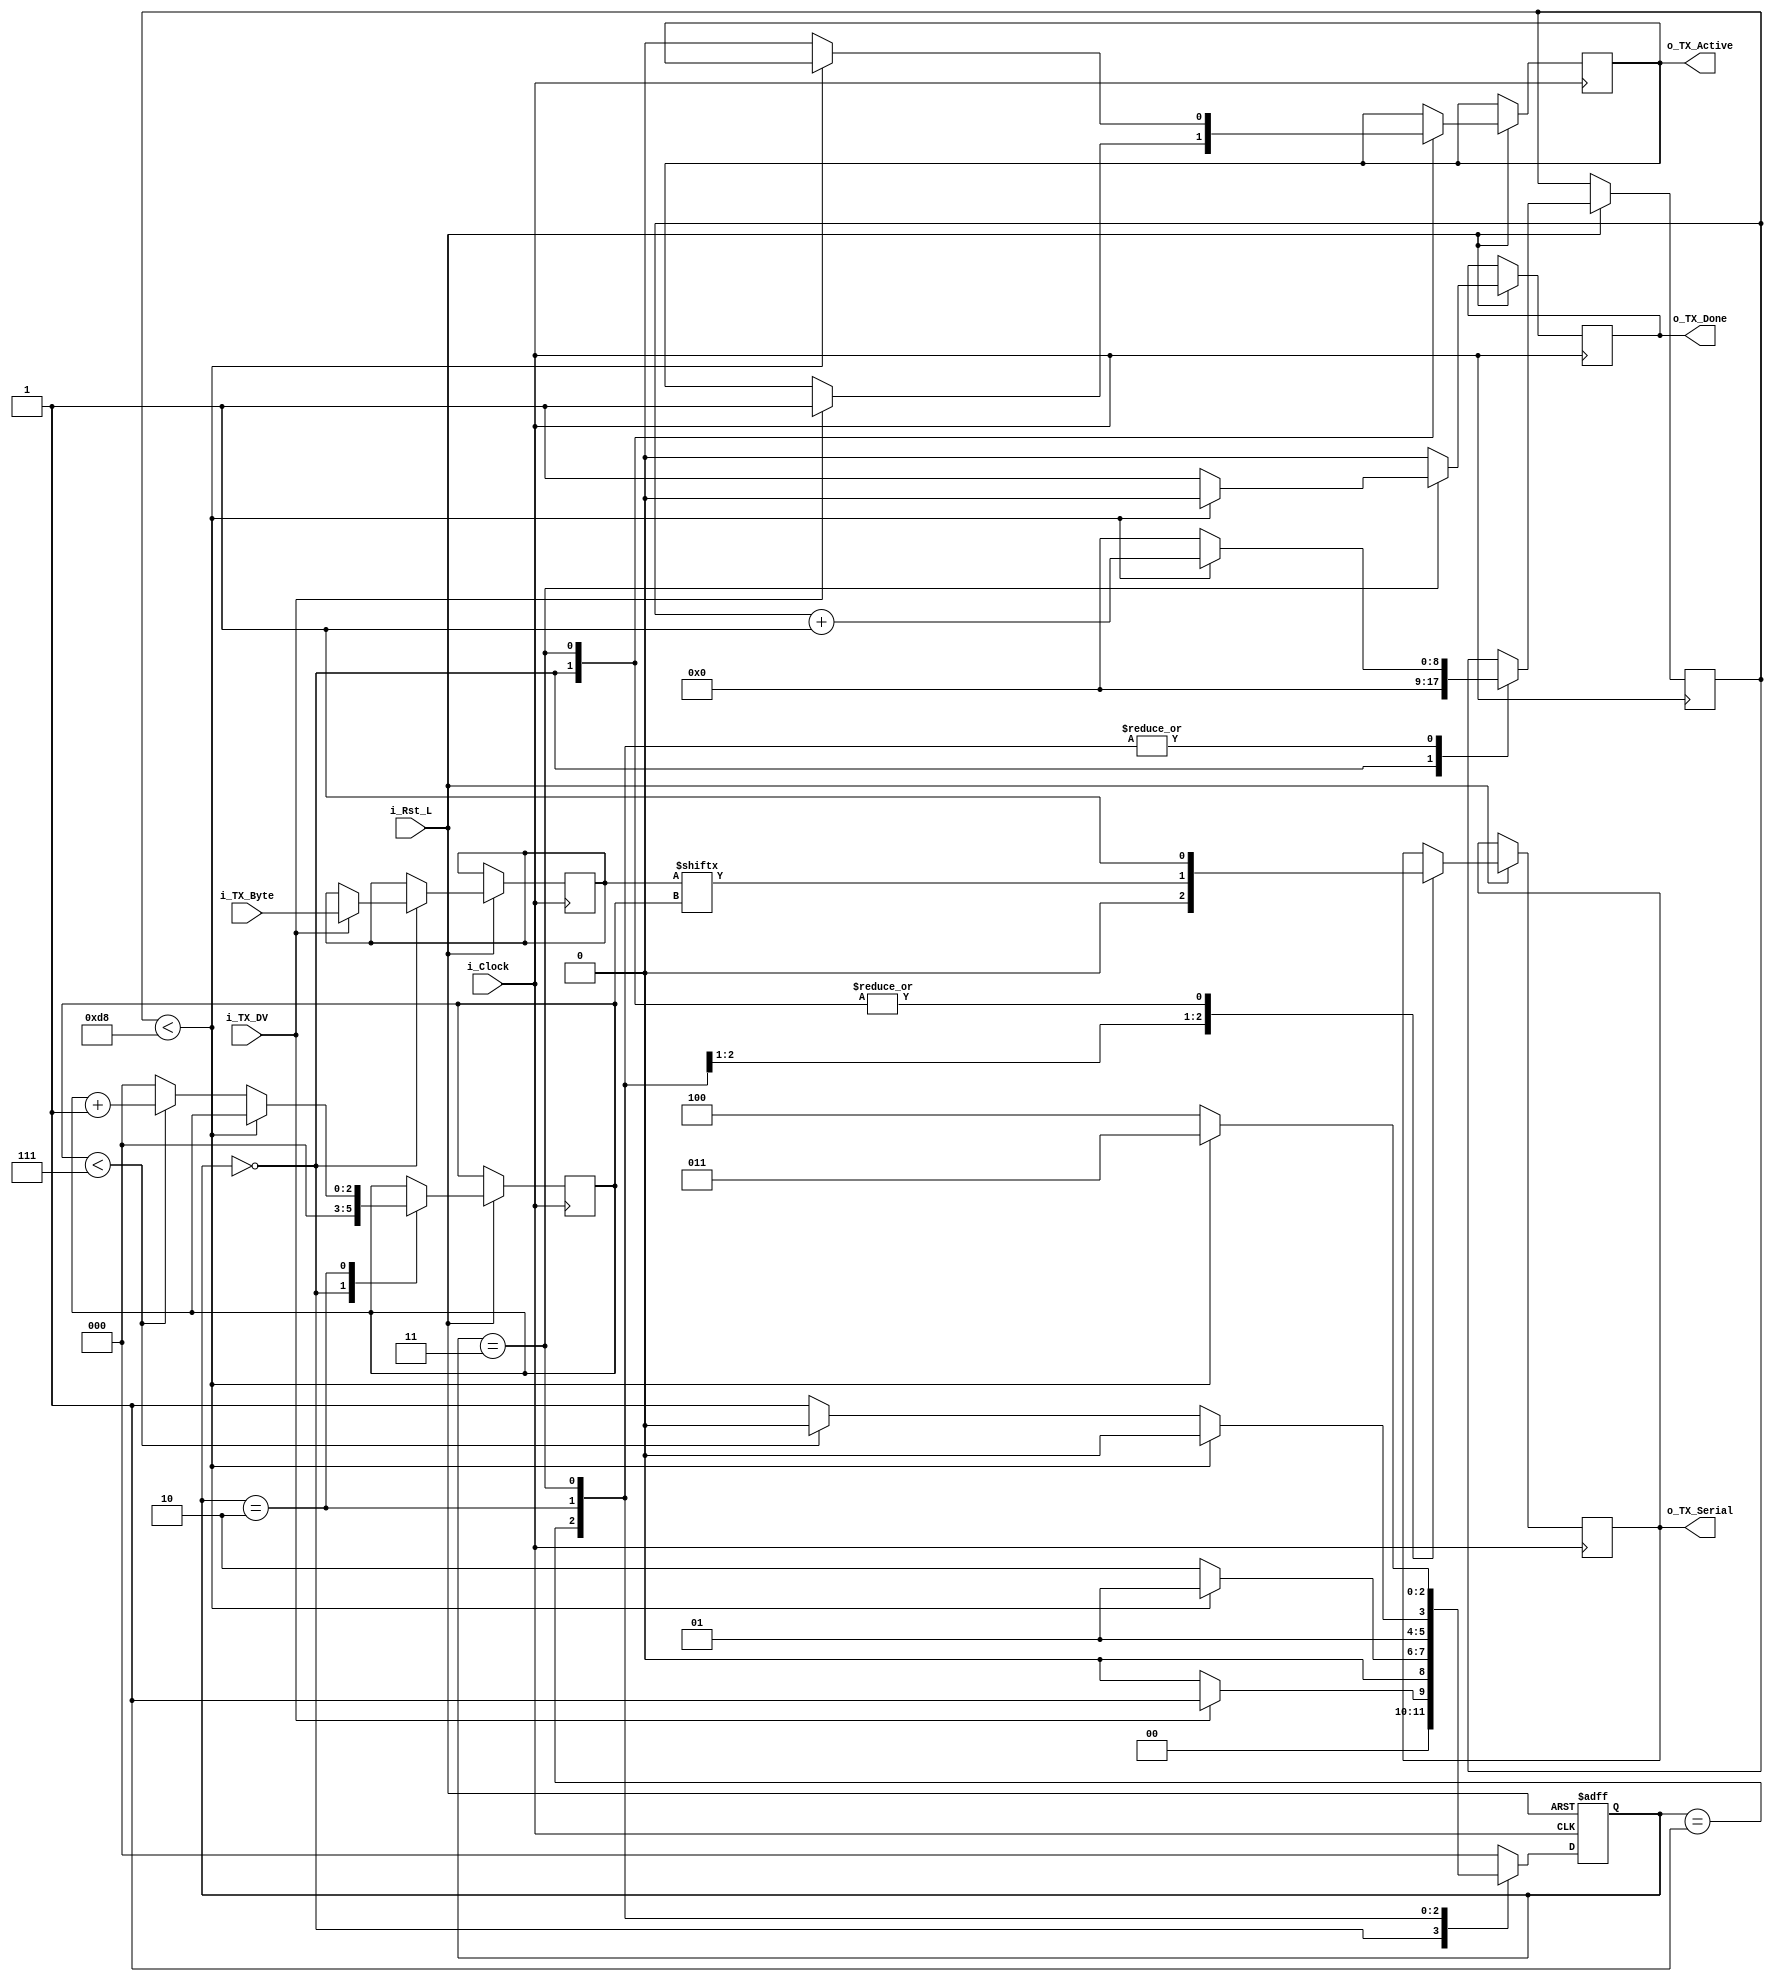
//////////////////////////////////////////////////////////////////////
//////////////////////////////////////////////////////////////////////
// This file contains the UART Transmitter.  This transmitter is able
// to transmit 8 bits of serial data, one start bit, one stop bit,
// and no parity bit.  When transmit is complete o_Tx_done will be
// driven high for one clock cycle.
//

`ifndef UART_TX_
`define UART_TX_ 1
module UART_TX #(
    parameter CLOCK_SPEED = 25_000_000,
    parameter BAUD_RATE   = 115_200
) (
    input            i_Rst_L,
    input            i_Clock,
    input            i_TX_DV,
    input      [7:0] i_TX_Byte,
    output reg       o_TX_Active,
    output reg       o_TX_Serial,
    output reg       o_TX_Done
);
  localparam CLKS_PER_BIT = CLOCK_SPEED / BAUD_RATE;
  localparam IDLE = 3'b000;
  localparam TX_START_BIT = 3'b001;
  localparam TX_DATA_BITS = 3'b010;
  localparam TX_STOP_BIT = 3'b011;
  localparam CLEANUP = 3'b100;

  reg [2:0] r_SM_Main;
  reg [$clog2(CLKS_PER_BIT):0] r_Clock_Count;
  reg [2:0] r_Bit_Index;
  reg [7:0] r_TX_Data;


  // Purpose: Control TX state machine
  always @(posedge i_Clock or negedge i_Rst_L) begin
    if (~i_Rst_L) begin
      r_SM_Main <= 3'b000;
    end else begin

      o_TX_Done <= 1'b0;  // default assignment

      case (r_SM_Main)
        IDLE: begin
          o_TX_Serial   <= 1'b1;  // Drive Line High for Idle
          r_Clock_Count <= 0;
          r_Bit_Index   <= 0;

          if (i_TX_DV == 1'b1) begin
            o_TX_Active <= 1'b1;
            r_TX_Data   <= i_TX_Byte;
            r_SM_Main   <= TX_START_BIT;
          end else r_SM_Main <= IDLE;
        end  // case: IDLE


        // Send out Start Bit. Start bit = 0
        TX_START_BIT: begin
          o_TX_Serial <= 1'b0;

          // Wait CLKS_PER_BIT-1 clock cycles for start bit to finish
          if (r_Clock_Count < CLKS_PER_BIT - 1) begin
            r_Clock_Count <= r_Clock_Count + 1;
            r_SM_Main     <= TX_START_BIT;
          end else begin
            r_Clock_Count <= 0;
            r_SM_Main     <= TX_DATA_BITS;
          end
        end  // case: TX_START_BIT


        // Wait CLKS_PER_BIT-1 clock cycles for data bits to finish         
        TX_DATA_BITS: begin
          o_TX_Serial <= r_TX_Data[r_Bit_Index];

          if (r_Clock_Count < CLKS_PER_BIT - 1) begin
            r_Clock_Count <= r_Clock_Count + 1;
            r_SM_Main     <= TX_DATA_BITS;
          end else begin
            r_Clock_Count <= 0;

            // Check if we have sent out all bits
            if (r_Bit_Index < 7) begin
              r_Bit_Index <= r_Bit_Index + 1;
              r_SM_Main   <= TX_DATA_BITS;
            end else begin
              r_Bit_Index <= 0;
              r_SM_Main   <= TX_STOP_BIT;
            end
          end
        end  // case: TX_DATA_BITS


        // Send out Stop bit.  Stop bit = 1
        TX_STOP_BIT: begin
          o_TX_Serial <= 1'b1;

          // Wait CLKS_PER_BIT-1 clock cycles for Stop bit to finish
          if (r_Clock_Count < CLKS_PER_BIT - 1) begin
            r_Clock_Count <= r_Clock_Count + 1;
            r_SM_Main     <= TX_STOP_BIT;
          end else begin
            o_TX_Done     <= 1'b1;
            r_Clock_Count <= 0;
            r_SM_Main     <= CLEANUP;
            o_TX_Active   <= 1'b0;
          end
        end  // case: TX_STOP_BIT


        // Stay here 1 clock
        CLEANUP: begin
          r_SM_Main <= IDLE;
        end


        default: r_SM_Main <= IDLE;

      endcase
    end  // else: !if(~i_Rst_L)
  end  // always @ (posedge i_Clock or negedge i_Rst_L)


endmodule
`endif